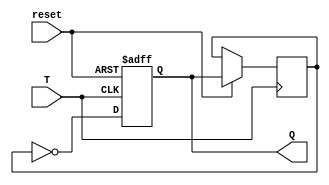
module T_ff(input T, input reset, output reg Q);

reg Q_n;

always @(posedge T or negedge reset)
begin
  if (reset == 0)
    Q <= 0;
  else
  begin
    Q_n <= Q;
    Q <= ~Q_n;
  end
end

endmodule